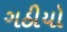
ગઠીયો